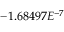
- 1 . 6 8 4 9 7 E ^ { - 7 }